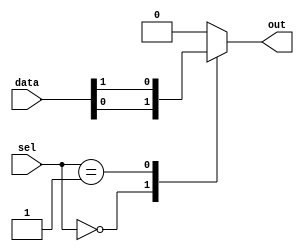
module mux256to1(input [255:0] data,
                 input [7:0] sel,
                 output reg out);

always @(*)
begin
    case(sel)
        8'd0: out = data[0];
        8'd1: out = data[1];
        // continue for all 256 inputs
        default: out = 0; // default case
    endcase
end

endmodule